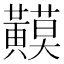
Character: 𪏟